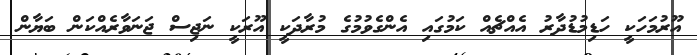
އޫރުމަހަކީ ހަޑިމުޑުދާރު އެއްޗެއް ކަމުގައި އެންގެވުމުގެ މުރާދަކީ އޫރަކީ ނަޖިސް ޖަނަވާރެއްކަން ބަޔާން